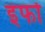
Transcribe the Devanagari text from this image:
इंफो